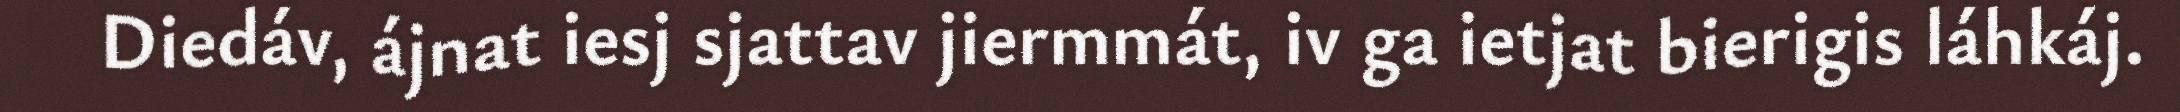
Diedáv, ájnat iesj sjattav jiermmát, iv ga ietjat bierigis láhkáj.